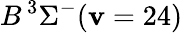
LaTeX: B\, {}^{3}\Sigma^{-}(\mathbf{v}=24)